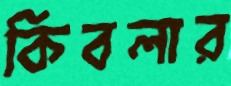
কিবলার